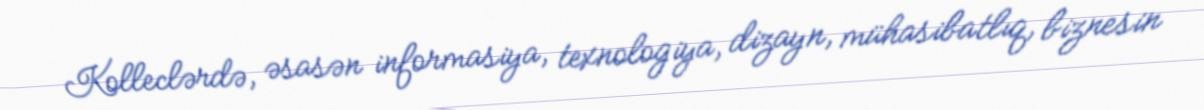
Kolleclərdə, əsasən informasiya, texnologiya, dizayn, mühasibatlıq, biznesin